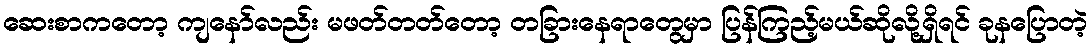
ဆေးစာကတော့ ကျနော်လည်း မဖတ်တတ်တော့ တခြားနေရာတွေမှာ ပြန်ကြည့်မယ်ဆိုလို့ရှိရင် ခုနပြောတဲ့